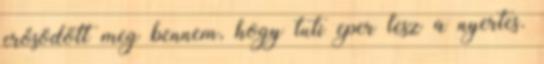
erősödött meg bennem, hogy tuti eper lesz a nyertes.